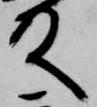
殿